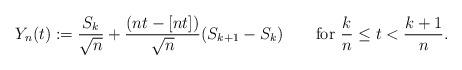
LaTeX: \begin{align*} Y_n (t):= \frac{ S_k }{\sqrt{n} } + \frac{ (nt - [nt]) }{ \sqrt{n}} (S_{k+1} - S_k )\qquad\mbox{for }\frac{ k}{ n} \leq t <\frac{ k+1}{n}.\end{align*}